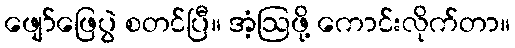
ဖျော်ဖြေပွဲ စတင်ပြီ။ အံ့ဩဖို့ ကောင်းလိုက်တာ။